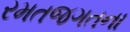
રમતજગતના